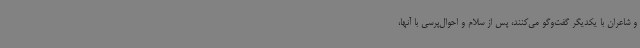
و شاعران با یکدیگر گفت‌وگو می‌کنند، پس از سلام و احوال‌پرسی با آنها،